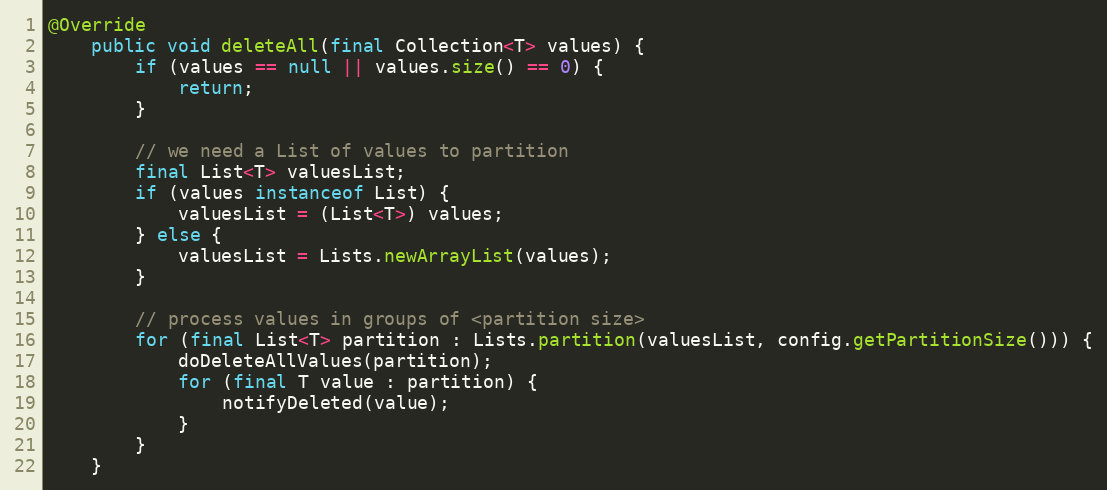
Language: Java
@Override
    public void deleteAll(final Collection<T> values) {
        if (values == null || values.size() == 0) {
            return;
        }

        // we need a List of values to partition
        final List<T> valuesList;
        if (values instanceof List) {
            valuesList = (List<T>) values;
        } else {
            valuesList = Lists.newArrayList(values);
        }

        // process values in groups of <partition size>
        for (final List<T> partition : Lists.partition(valuesList, config.getPartitionSize())) {
            doDeleteAllValues(partition);
            for (final T value : partition) {
                notifyDeleted(value);
            }
        }
    }